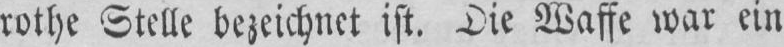
rothe Ttcllc bezcichnct ist, Die Waffe war ein